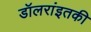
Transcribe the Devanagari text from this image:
डॉलरांइतकी